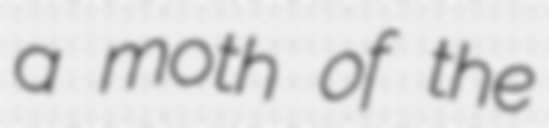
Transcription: a moth of the